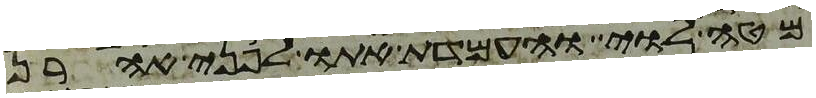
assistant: מטה לוי והעמדת אתו לפני אהרן